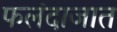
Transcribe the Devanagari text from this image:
फलंदाजात